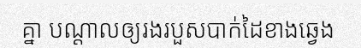
គ្នា បណ្តាលឲ្យរងរបួសបាក់ដៃខាងឆ្វេង